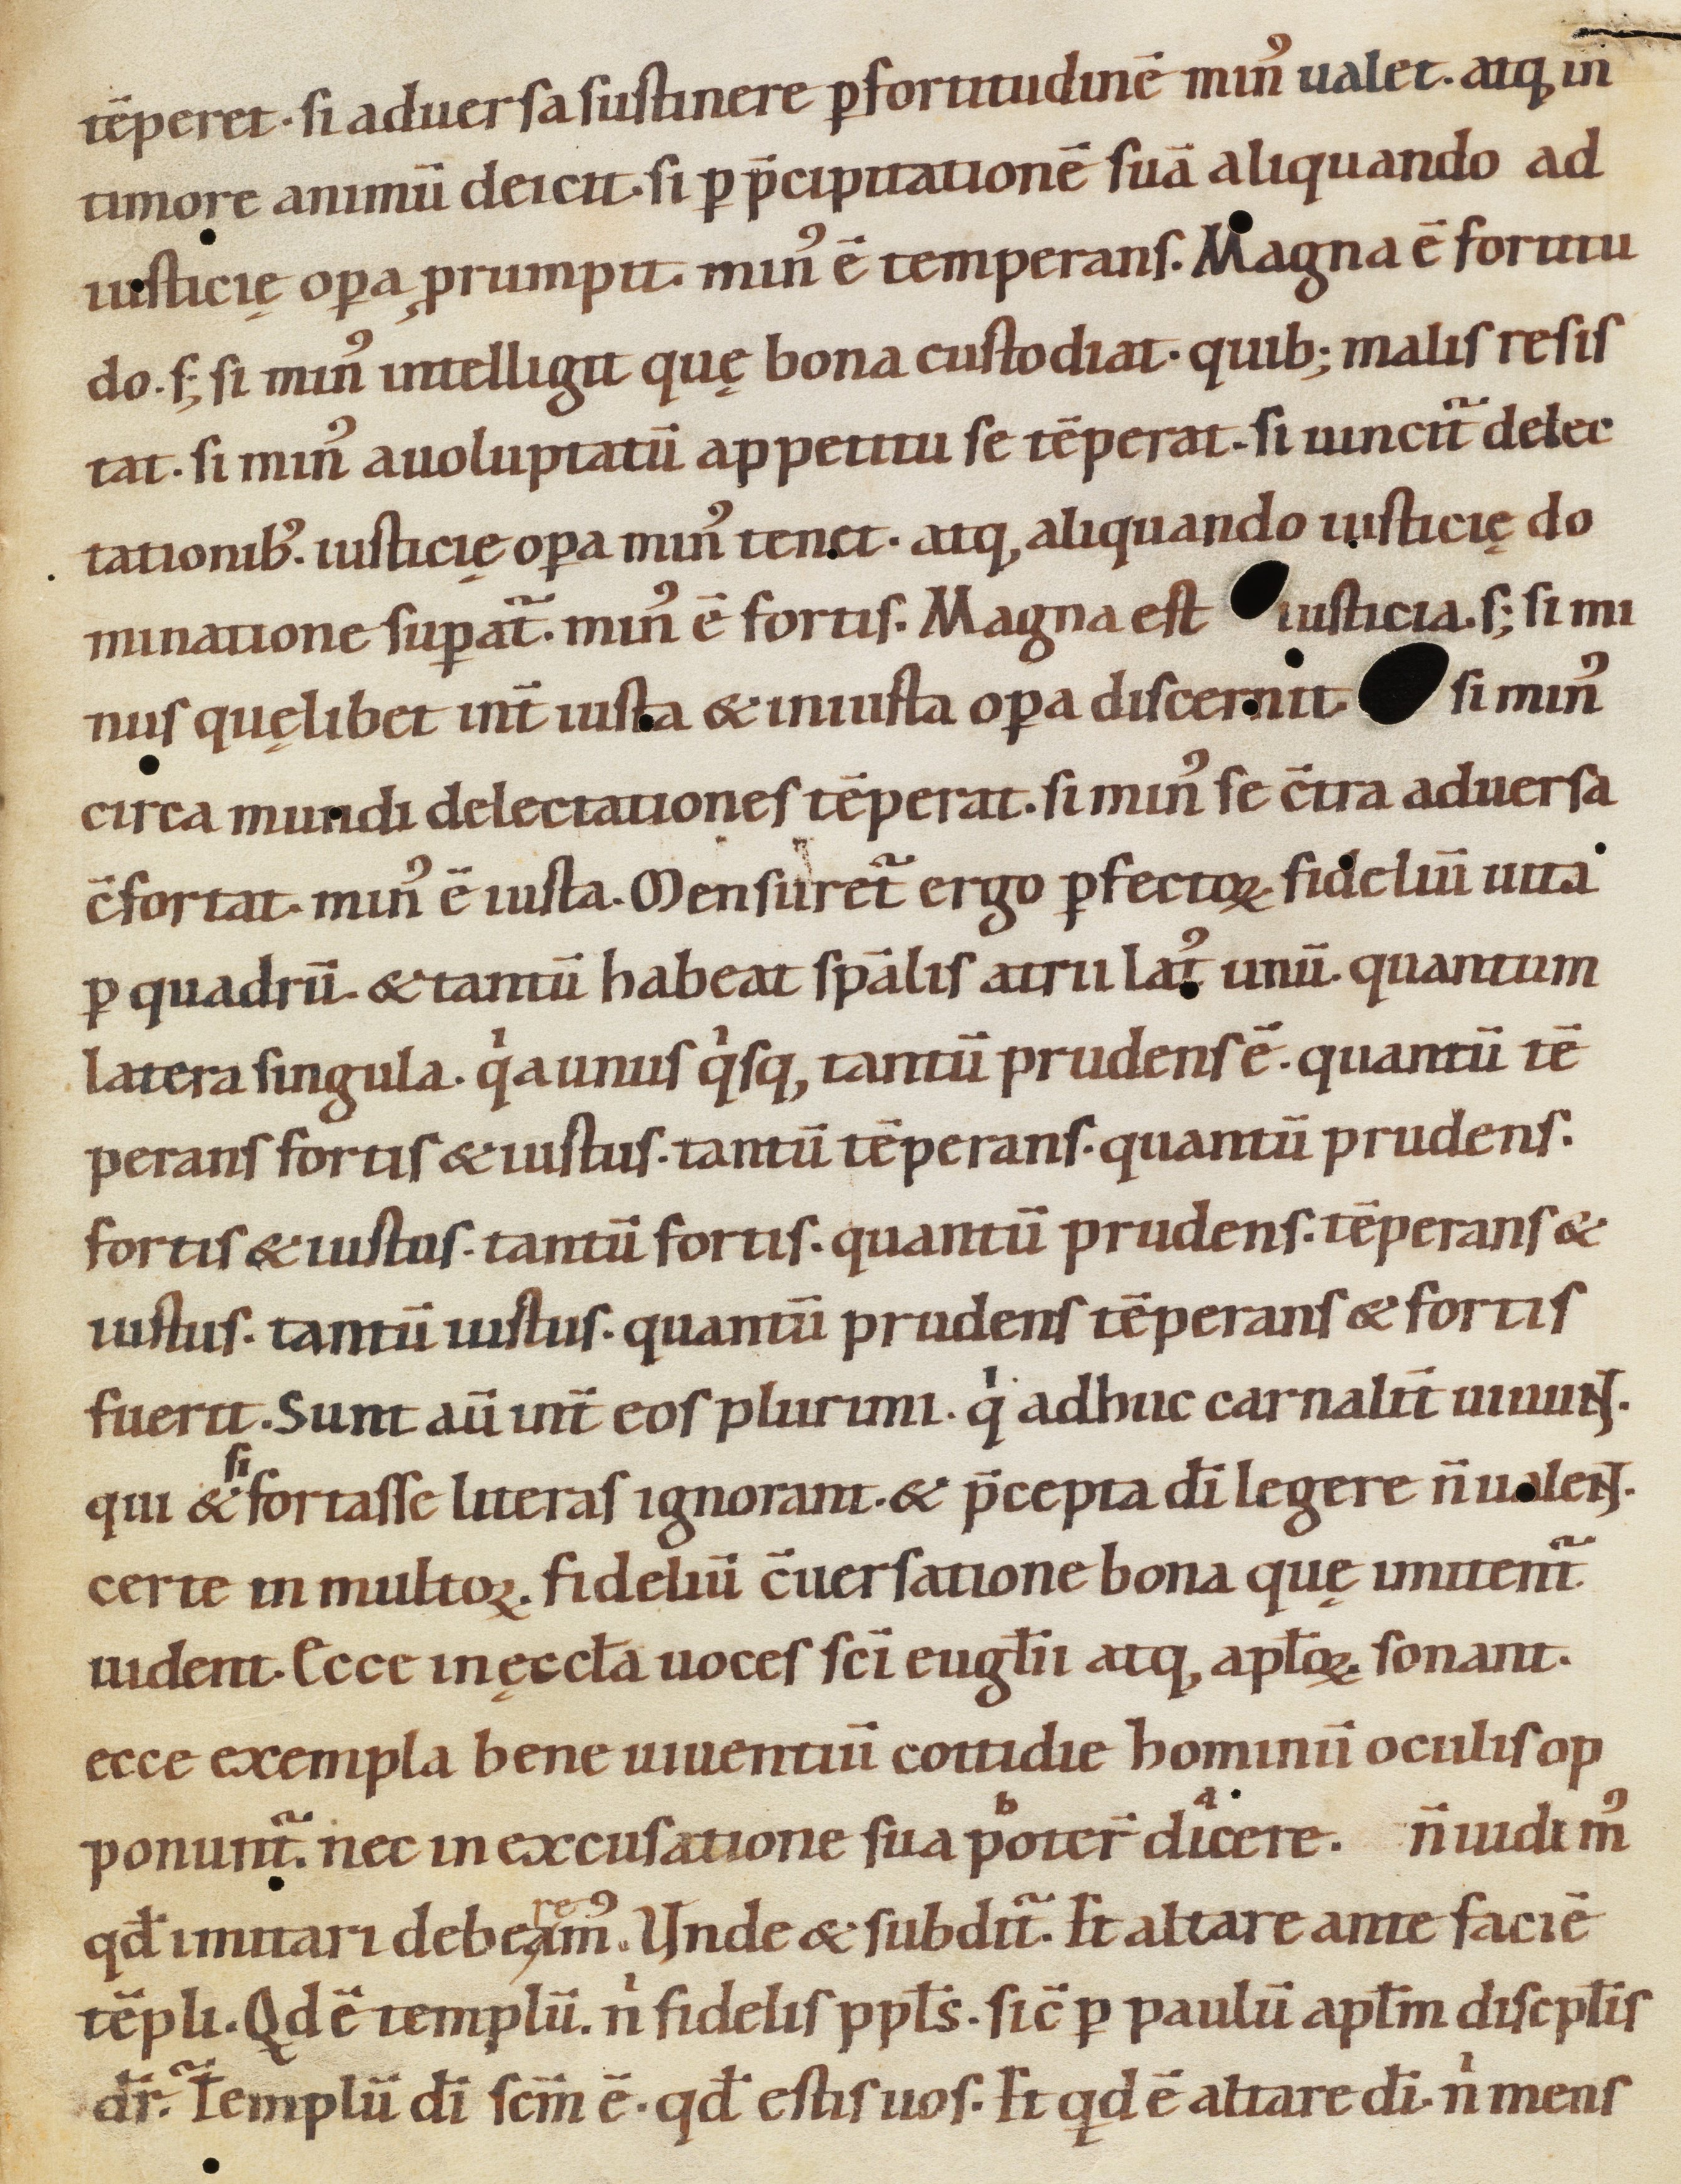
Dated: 1080–1096